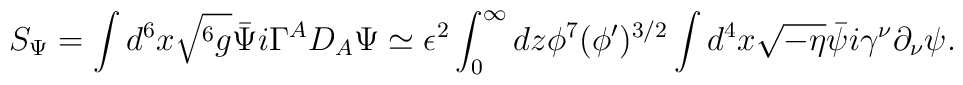
S_\Psi = \int d^6 x \sqrt{^6g}\bar{\Psi} i \Gamma^A D_A \Psi\simeq \epsilon^2 \int_0^\infty dz \phi^7 (\phi ')^{3/2}\int d^4 x\sqrt{-\eta } \bar{\psi} i \gamma^\nu\partial_\nu \psi  .